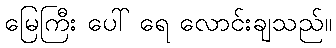
မြေကြီး ပေါ် ရေ လောင်းချသည်။